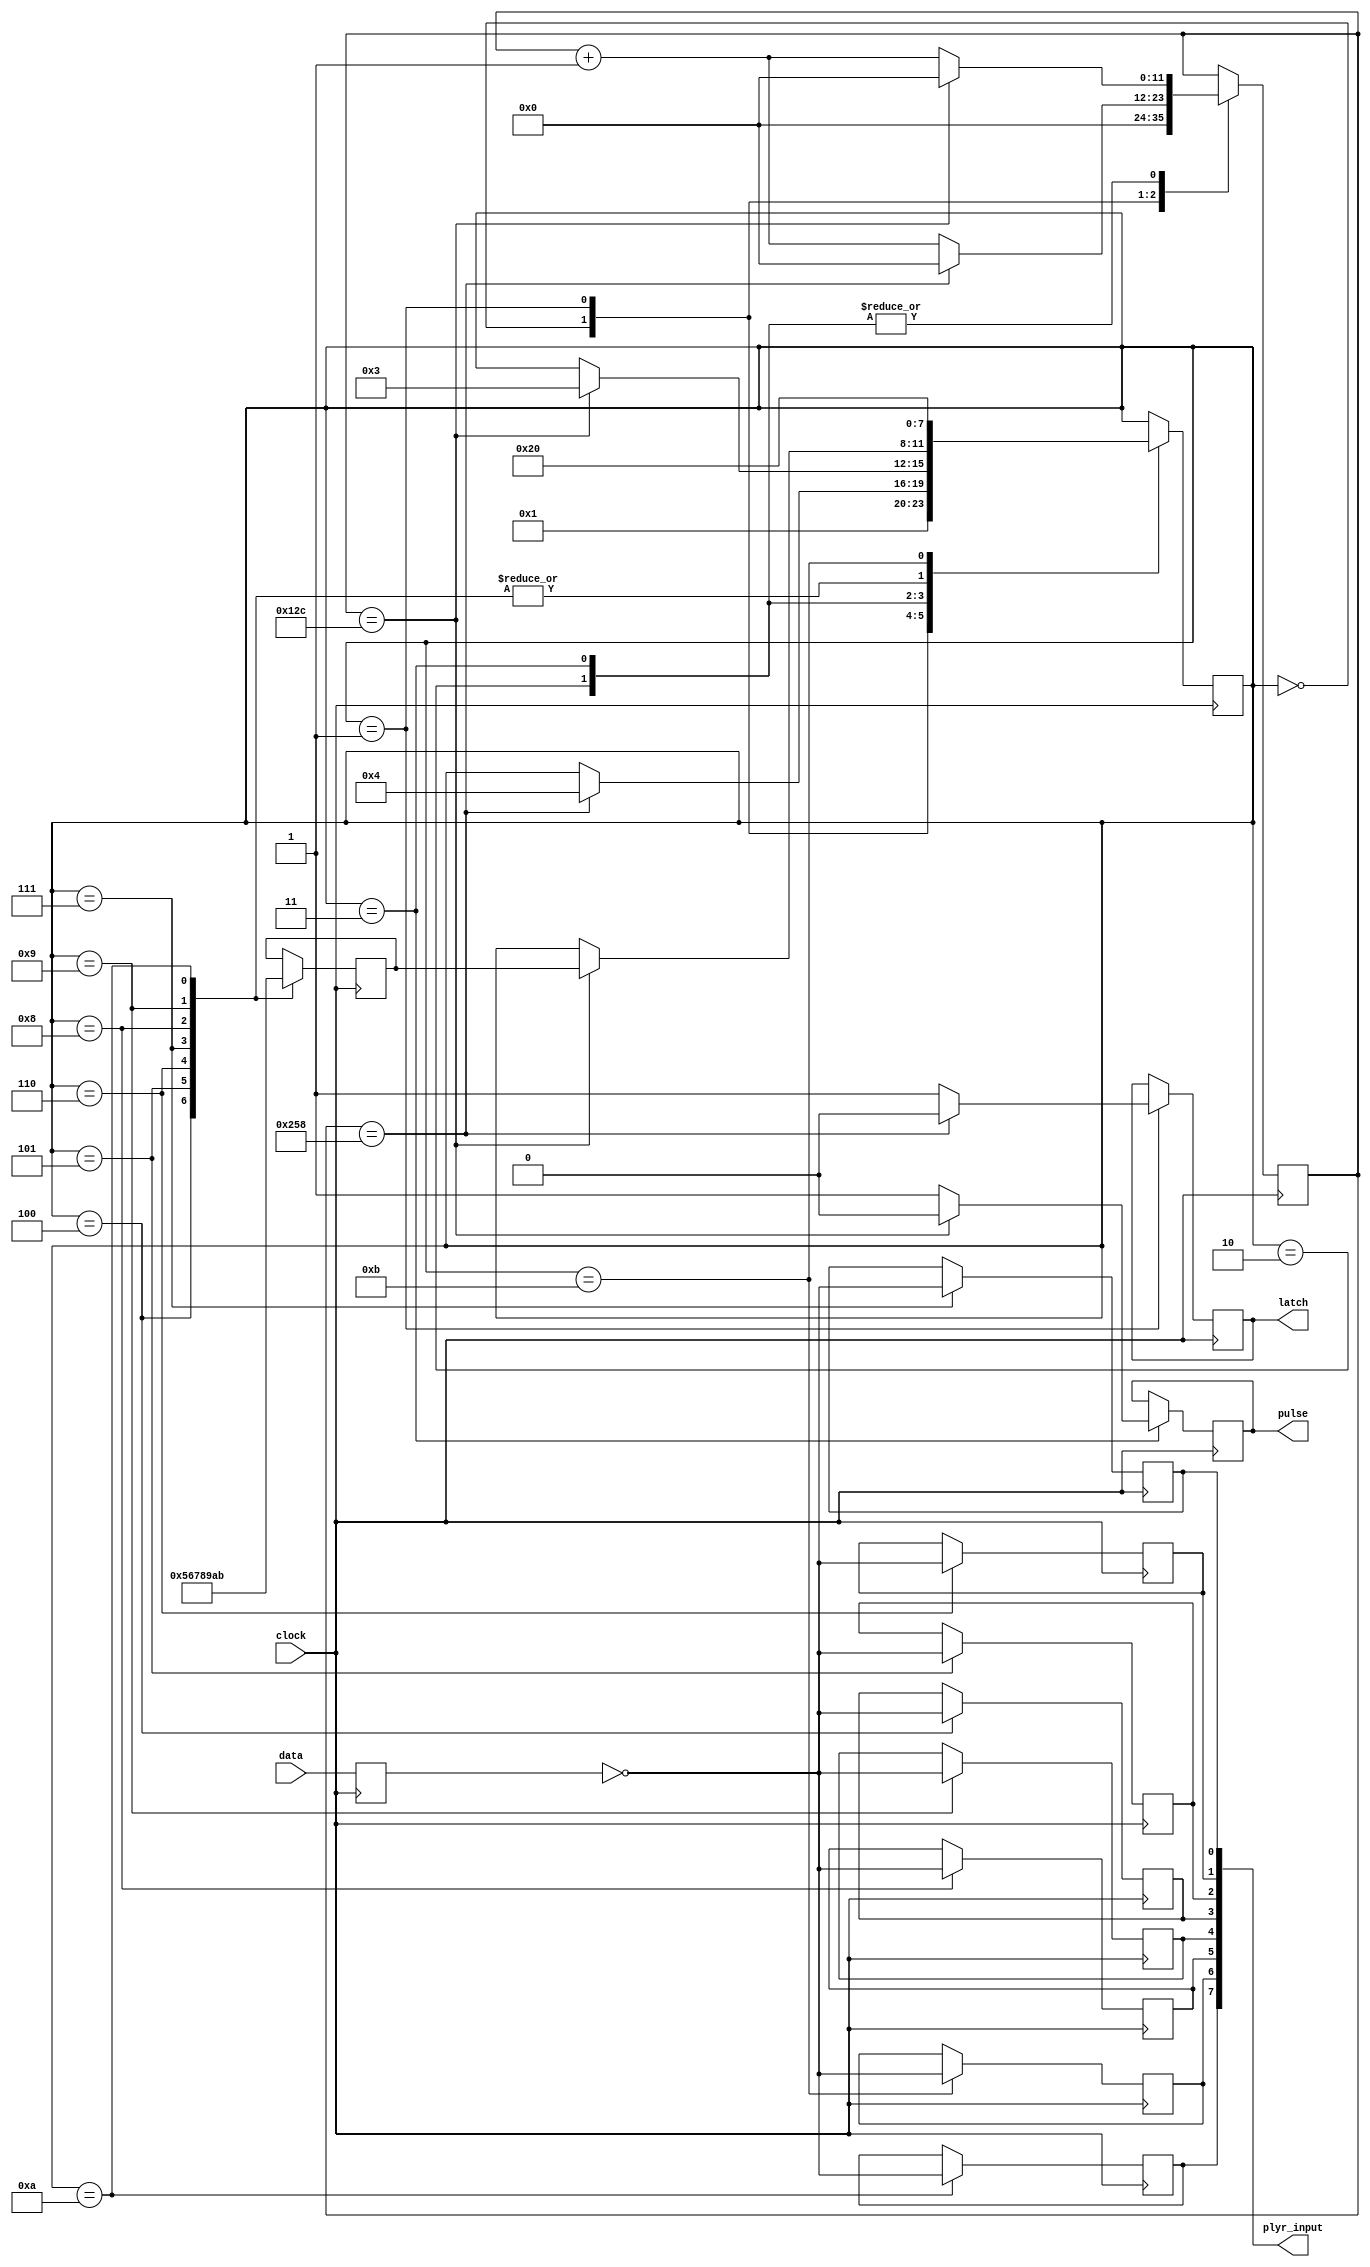
`timescale 1ns / 1ps
//////////////////////////////////////////////////////////////////////////////////
// Company: 
// Engineer: 
// 
// Design Name: 
// Module Name:    Controller2 
// Project Name: 
// Target Devices: 
// Tool versions: 
// Description: 
//
// Dependencies: 
//
// Revision: 
// Revision 0.01 - File Created
// Additional Comments: 
//
//////////////////////////////////////////////////////////////////////////////////
module Controller2(
//    input reset,
    input clock,
    input data,
    output [7:0] plyr_input,
    output reg pulse,
    output reg latch
	// output debug
    );
	reg latch1, pulse1, data1;
	reg left, right, up, down, A, B, select, start;
	reg left1, right1, up1, down1, A1, B1, select1, start1;
	assign plyr_input = {left, right, up, down, A, B, select, start};
	
	//reg debug;
	assign reset = 1;
	
	//assign debug = data;


   reg [3:0] state, nextstate, returnstate, nextreturnstate;
       reg [11:0] count, nextcount; 

       parameter INIT = 0;
       parameter LATCH = 1;
       parameter WAIT = 2;
       parameter PULSE = 3;
       parameter READ_A = 4;
       parameter READ_B = 5;
       parameter READ_SEL = 6;
       parameter READ_STRT = 7;
       parameter READ_UP = 8;
       parameter READ_DOWN = 9;
       parameter READ_LEFT = 10;
       parameter READ_RIGHT = 11;

       parameter TWELVE_US = 12'h258;   //1770;    //count for 12 us on a 27 MHz clock
       parameter SIX_US = 12'h12C;//BB8; //count for 6 us on a 27 MHz clock
 
		initial begin
			state = INIT;
			returnstate = INIT;
			count = 0;
			left = 0;
			left1 = 0;
			right = 0;
			right1 = 0;
			up = 0;
			up1 = 0;
			down = 0;
			down1 = 0;
			A = 0;
			A1 = 0;
			B = 0; 
			B1 = 0;
			select = 0;
			select1 = 0;
			start = 0;
			start1 = 0;
		end
 
       always @ (posedge clock)
       begin
              if (!reset) begin
                     state <= INIT;
                     returnstate <= INIT;
                     count <= 0;
              end    
              else   begin
                     state <= nextstate;
                     returnstate <= nextreturnstate;
                     count <= nextcount;
              end

              data1 <= data;
              latch <= latch1;
              pulse <= pulse1;
              left <= left1;
              right <= right1;
              up <= up1;
              down <= down1;
              A <= A1;
              B <= B1;
              select <= select1;
              start <= start1;
       end
 
       always @ (state or returnstate or count or data1)
       begin
              //defaults
              nextstate = state;
              nextreturnstate = returnstate;
              nextcount = count;
              latch1 = latch;
              pulse1 = pulse;
              left1 = left;
              right1 = right;
              up1 = up;
              down1 = down;
              A1 = A;
              B1 = B;
              select1 = select;
              start1 = start;

              case (state)
              INIT:
              begin
                     nextstate = LATCH;
                     nextcount = 0;
							
              end
              LATCH:
              begin
                     //latch 12 us, then go to read A
                     latch1 = 1;
                     if (count == TWELVE_US) begin
                           nextcount = 0;
                           latch1 = 0;
                           nextstate = READ_A;
                     end
                     else   nextcount = count + 1;
              end
              WAIT:
              begin
                     //wait 6 us, then go to pulse
                     if (count == SIX_US) begin
                           nextcount = 0;
                           nextstate = PULSE;

                     end
                     else   nextcount = count + 1;
              end
              PULSE:

              begin
                     //pulse 6 us, then go to returnstate and read data
                     pulse1 = 1;
                     if (count == SIX_US) begin
                           nextcount = 0;
                           pulse1 = 0;

                           nextstate = returnstate;

                     end

                     else   nextcount = count + 1;

              end

              READ_A:

              begin

                     A1 = ~data1;

                     nextreturnstate = READ_B;

                     nextstate = WAIT;

              end

              READ_B:

              begin

                     B1 = ~data1;

                     nextreturnstate = READ_SEL;

                     nextstate = WAIT;

              end

              READ_SEL:

              begin

                     select1 = ~data1;

                     nextreturnstate = READ_STRT;

                     nextstate = WAIT;

              end

              READ_STRT:

              begin

                     start1 = ~data1;

                     nextreturnstate = READ_UP;

                     nextstate = WAIT;

              end

              READ_UP:

              begin

                     up1 = ~data1;

                     nextreturnstate = READ_DOWN;

                     nextstate = WAIT;

              end

              READ_DOWN:

              begin

                     down1 = ~data1;

                     nextreturnstate = READ_LEFT;

                     nextstate = WAIT;

              end

              READ_LEFT:
              begin
                     left1 = ~data1;
                     nextreturnstate = READ_RIGHT;
                     nextstate = WAIT;
              end
              READ_RIGHT:
              begin
                     right1 = ~data1;
                     nextstate = INIT;
              end
              endcase
       end

endmodule